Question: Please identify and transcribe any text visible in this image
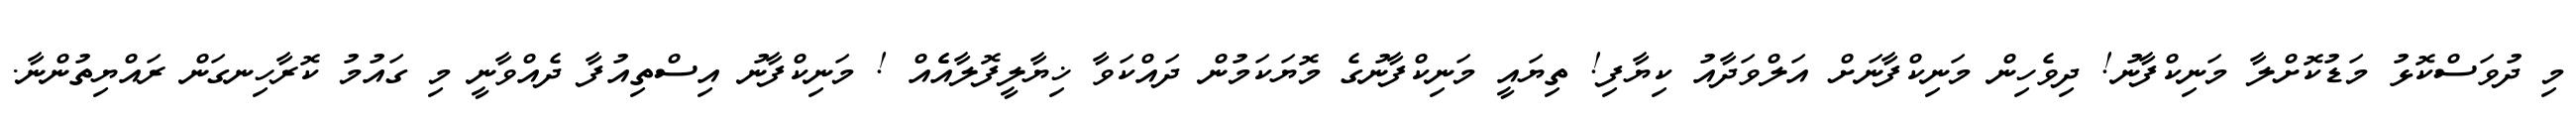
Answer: މި ދުވަސްކޮޅު މަޑުކޮށްލާ މަނިކްފާނު! ދިވެހިން މަނިކްފާނަށް އަލްވަދާއު ކިޔާފި! ތިޔައީ މަނިކްފާނުގެ މޮޔަކަމުން ދައްކަވާ ޚިޔާލީފޮލާއެެއް ! މަނިކްފާނު އިސްތިއުފާ ދެއްވާނީ މި ގައުމު ކޮރާހިނގަން ރައްޔިތުންނާ.